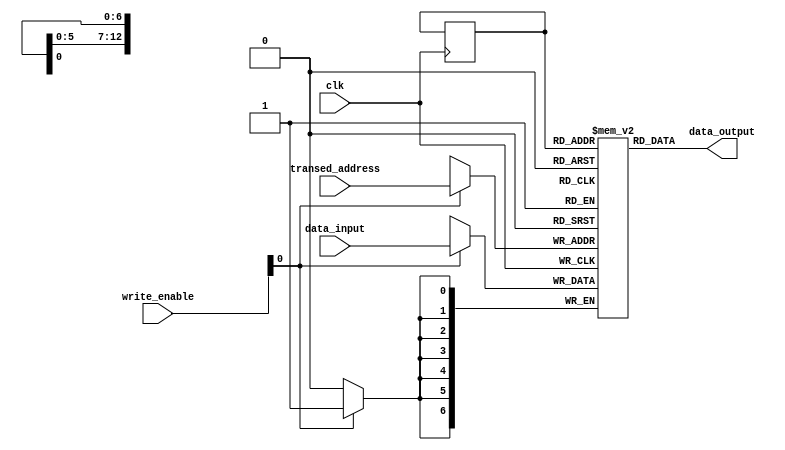
// 80_60_7bit_char_ram.v
module  char_ram(
input   clk,
// GPU clock
input   [12:0]  transed_address,
// info:
// char_row * 80 + char_col
// = char_row * 64 + char_row * 16 + char_col
// = { char_row, 6'h0 } + { char_row, 4'h0 } + char_col 
input   [6:0]   data_input, 
// <= input 
output  [6:0]   data_output, 
// VGA <=
input   [3:0]   write_enable);
    reg [12:0]  address_reg;
    reg [6:0]   char_ram    [0:4799];
    // need 33600 bit

    always @(posedge clk) begin
        if (write_enable[0])
            char_ram[transed_address] <= data_input;
        address_reg <= address_reg;
    end
    assign data_output = char_ram[address_reg];
endmodule